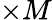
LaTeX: \times M